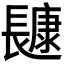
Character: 𰿔